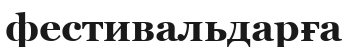
фестивальдарға